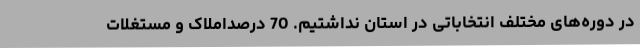
در دوره‌های مختلف انتخاباتی در استان نداشتیم. 70 درصداملاک و مستغلات